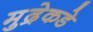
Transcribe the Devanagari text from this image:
मुद्रेकडे